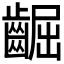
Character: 𪘳